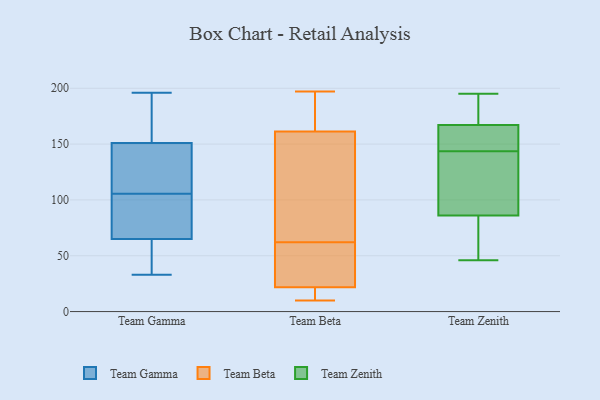
{"axis": {"x": "Page Views", "y": "Value"}, "legend": ["Team Beta", "Team Gamma", "Team Zenith"], "data": [{"x": "", "y": 60, "type": "Team Gamma"}, {"x": "", "y": 127, "type": "Team Gamma"}, {"x": "", "y": 36, "type": "Team Gamma"}, {"x": "", "y": 33, "type": "Team Gamma"}, {"x": "", "y": 105, "type": "Team Gamma"}, {"x": "", "y": 196, "type": "Team Gamma"}, {"x": "", "y": 168, "type": "Team Gamma"}, {"x": "", "y": 48, "type": "Team Gamma"}, {"x": "", "y": 91, "type": "Team Gamma"}, {"x": "", "y": 65, "type": "Team Gamma"}, {"x": "", "y": 82, "type": "Team Gamma"}, {"x": "", "y": 98, "type": "Team Gamma"}, {"x": "", "y": 106, "type": "Team Gamma"}, {"x": "", "y": 151, "type": "Team Gamma"}, {"x": "", "y": 177, "type": "Team Gamma"}, {"x": "", "y": 157, "type": "Team Gamma"}, {"x": "", "y": 145, "type": "Team Gamma"}, {"x": "", "y": 121, "type": "Team Gamma"}, {"x": "", "y": 62, "type": "Team Beta"}, {"x": "", "y": 171, "type": "Team Beta"}, {"x": "", "y": 187, "type": "Team Beta"}, {"x": "", "y": 143, "type": "Team Beta"}, {"x": "", "y": 12, "type": "Team Beta"}, {"x": "", "y": 30, "type": "Team Beta"}, {"x": "", "y": 18, "type": "Team Beta"}, {"x": "", "y": 23, "type": "Team Beta"}, {"x": "", "y": 158, "type": "Team Beta"}, {"x": "", "y": 10, "type": "Team Beta"}, {"x": "", "y": 33, "type": "Team Beta"}, {"x": "", "y": 86, "type": "Team Beta"}, {"x": "", "y": 197, "type": "Team Beta"}, {"x": "", "y": 46, "type": "Team Zenith"}, {"x": "", "y": 69, "type": "Team Zenith"}, {"x": "", "y": 118, "type": "Team Zenith"}, {"x": "", "y": 155, "type": "Team Zenith"}, {"x": "", "y": 86, "type": "Team Zenith"}, {"x": "", "y": 182, "type": "Team Zenith"}, {"x": "", "y": 195, "type": "Team Zenith"}, {"x": "", "y": 127, "type": "Team Zenith"}, {"x": "", "y": 185, "type": "Team Zenith"}, {"x": "", "y": 70, "type": "Team Zenith"}, {"x": "", "y": 179, "type": "Team Zenith"}, {"x": "", "y": 50, "type": "Team Zenith"}, {"x": "", "y": 95, "type": "Team Zenith"}, {"x": "", "y": 147, "type": "Team Zenith"}, {"x": "", "y": 147, "type": "Team Zenith"}, {"x": "", "y": 167, "type": "Team Zenith"}, {"x": "", "y": 167, "type": "Team Zenith"}, {"x": "", "y": 140, "type": "Team Zenith"}]}